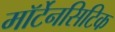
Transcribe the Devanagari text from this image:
मॉर्टेनसिटिक